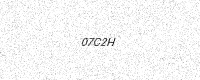
Text: 07C2H